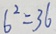
6 ^ { 2 } = 3 6